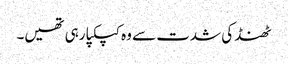
ٹھنڈ کی شدت سے وہ کپکپا رہی تھیں۔